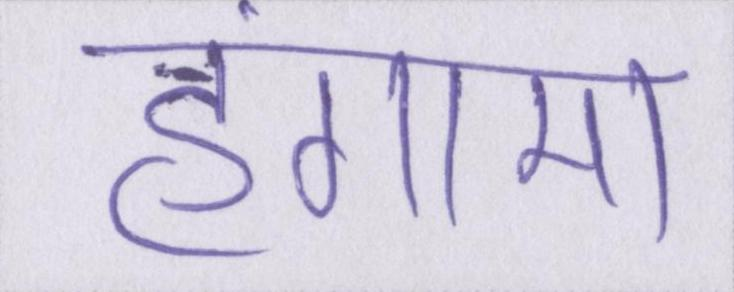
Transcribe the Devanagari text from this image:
हंगामा